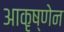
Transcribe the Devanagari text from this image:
आकृष्णेन